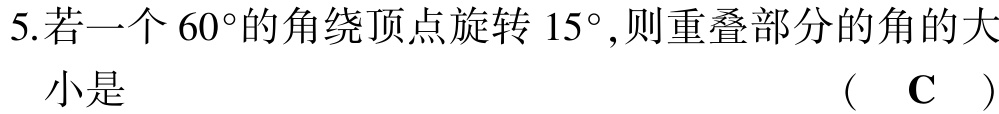
5.若一个$60^{\circ}$的角绕顶点旋转$15^{\circ}$,则重叠部分的角的大小是

( $\mathbf{C}$ )